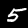
Digit: 5